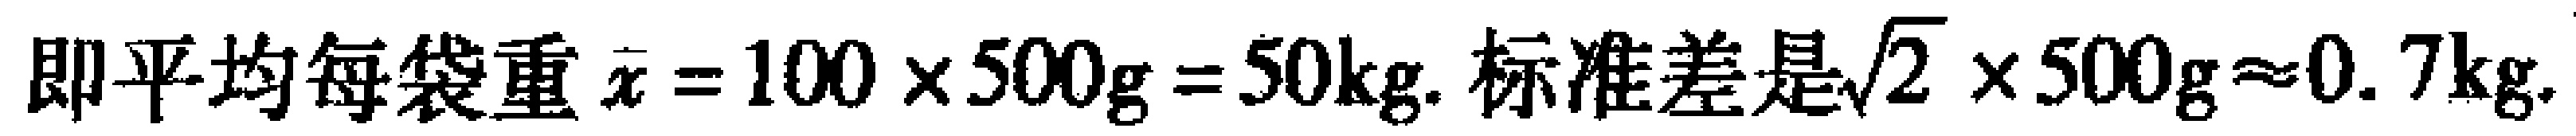
即平均每袋重\(\bar{x} = 100\times500\text{g} = 50\text{kg}\). 标准差是\(\sqrt{2} \times500\text{g}\approx0.7\text{kg}\).